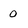
Character: 0